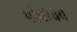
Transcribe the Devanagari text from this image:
परंपरेचेच